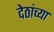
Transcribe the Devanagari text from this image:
देठांच्या